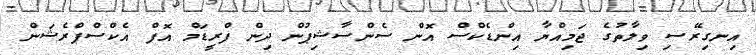
އިނގިރޭސި ވިލާތުގެ ޖަމިއްޔާ އިންޑެކްސް އޮން ސެންސާޝިޕުން ދިން ފްރީޑަމް އޮފް އެކްސްޕްރެޝަން